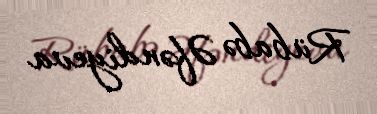
Rübabə Əfəndiyeva